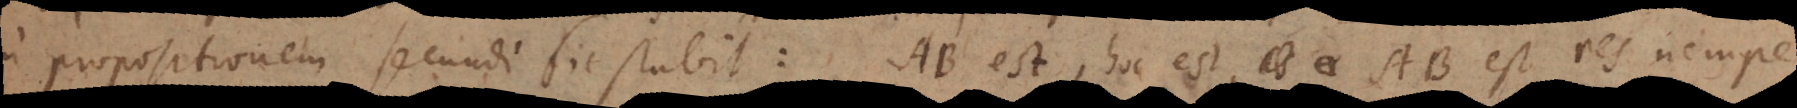
propositionem secundi sic stabit: AB est, hoc est, AB est res nempe